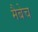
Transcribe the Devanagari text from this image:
मैबेच